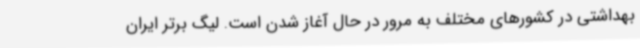
بهداشتی در کشورهای مختلف به مرور در حال آغاز شدن است. لیگ برتر ایران